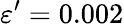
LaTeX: \varepsilon^{\prime}=0.002